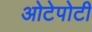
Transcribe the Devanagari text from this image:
ओटेपोटी